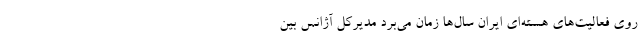
روی فعالیت‌های هسته‌ای ایران سال‌ها زمان می‌برد مدیرکل آژانس بین‌